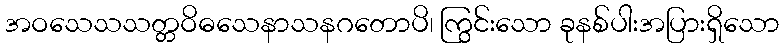
အဝသေသသတ္တဝိဓသေနာသနဂတောပိ၊ ကြွင်းသော ခုနစ်ပါးအပြားရှိသော